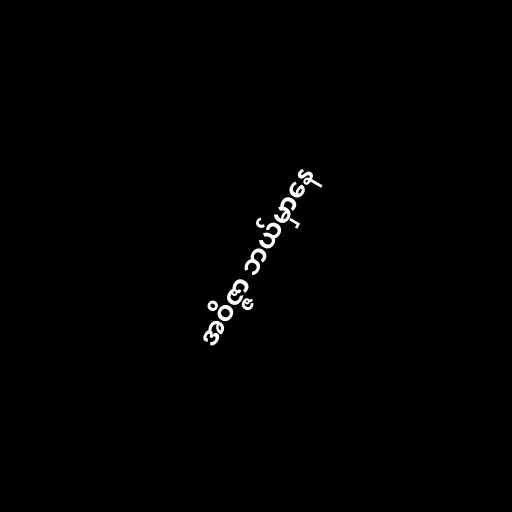
အဝိဇ္ဇာ ဘယ်မှာနေ